Maemoisa_(Sinalepa)_vallavalitsus, lk 25
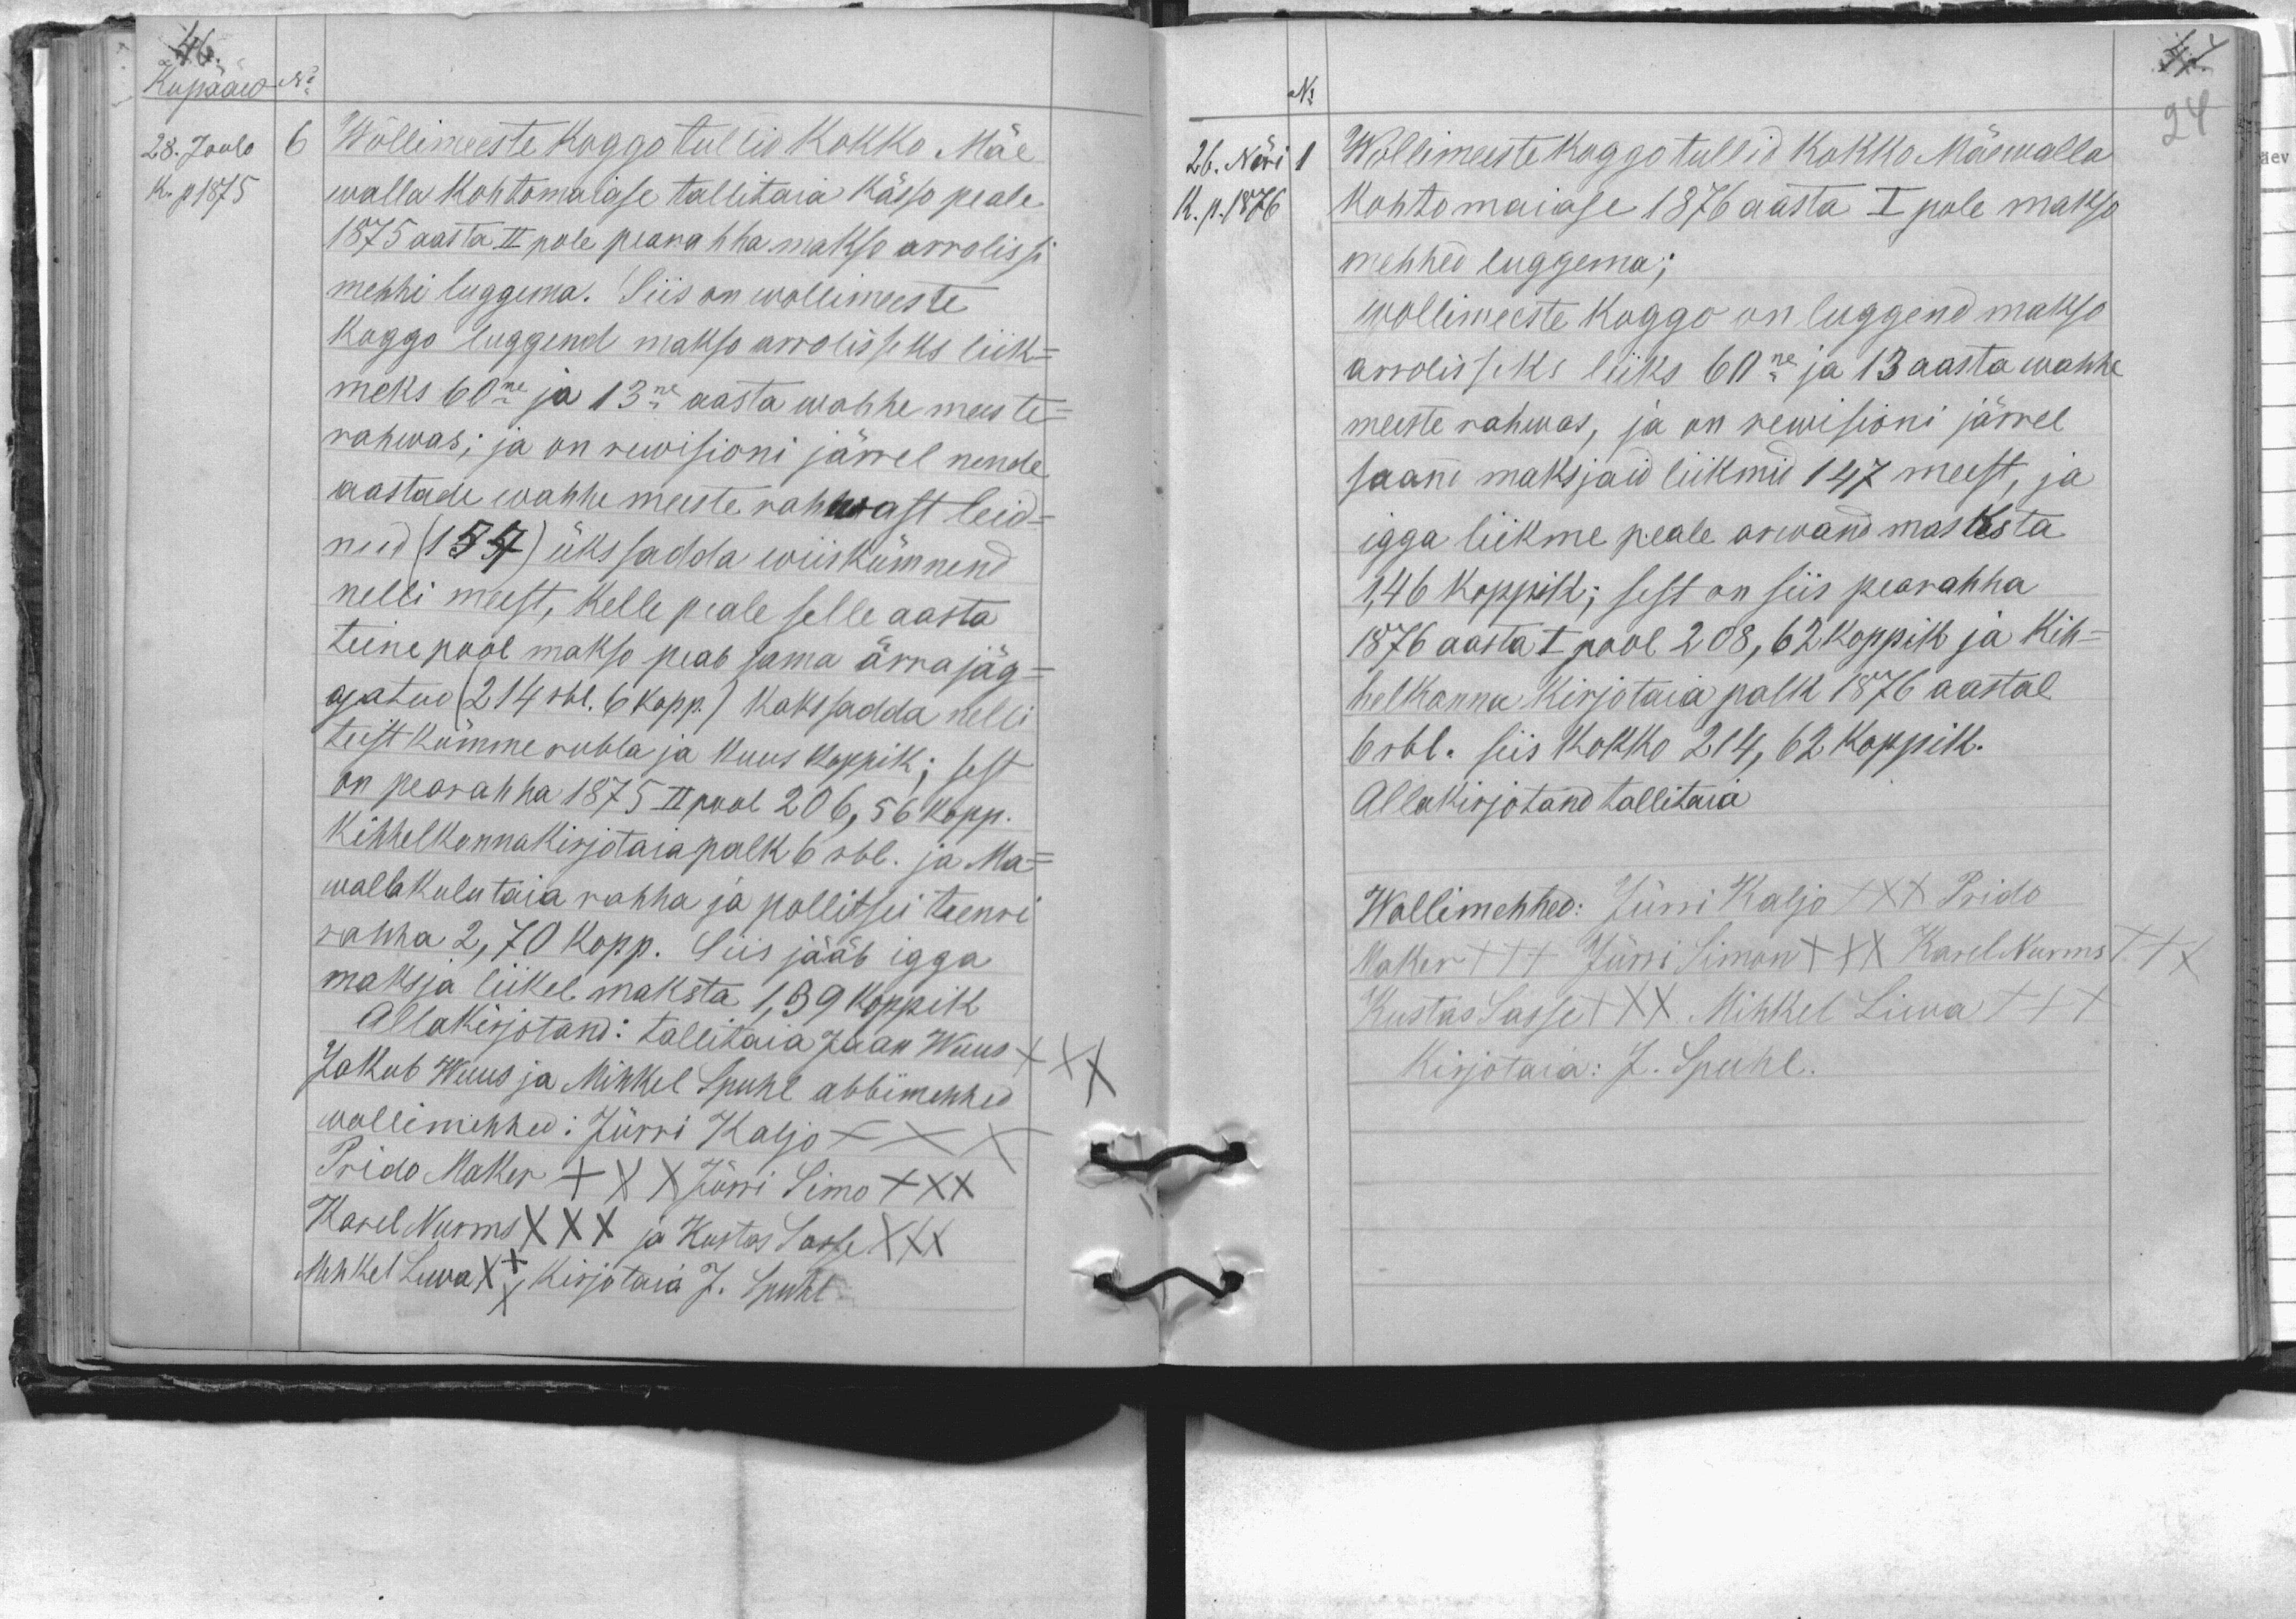
Kupääw No
28. Joulo
Wõllimeeste koggo tullid kokko Mäe
K. p 1875
walla kohtomaiase tallitaia kässo peale
1875 aasta II pole pearahha makso arrolissi
mehhi luggema. Siis on wollimeeste
koggo luggend makso arrolisseks liik-
meks 60ne ja 13ne aasta wahhe meeste-
rahwas; ja on rewisioni järrel nende
aastade wahhe meeste rahwast leid-
nud (157) üks sadda wiiskümnend
nelli meest, kelle peale selle aasta
teine pool makso peab sama ärra jäg-
gatud (214 rbl. 6 kopp.) kaks sadda nelli
teist kümme rubla ja kuus koppik; sest
on pearahha 1875 II pool 206, 56 kopp.
Kihhelkonnakirjotaja palk 6 rbl. ja Ma-
walla kulutaia rahha ja pollitsei teenri
rahha 2,70 kopp. Siis jääb igga
maksja liikel maksta 1,39 koppik
Allakirjotand: tallitaja Jaan Wuus
Jakub Wuus ja Mihkel Spuhl abbimehhed
wollimehhed: Jürri Kaljo
Prido Maker XXX Jürri Simo XXX
Karel Nurms XXX ja Kustas Sasse XXX
Mihkel Liwa XXX, kirjotaja J. Spuhl

No
26. Näri 1
Wollimeeste koggo tullid kokko Mäewalla
K. p. 1876
kohtomaiase 1876 aasta I pole makso
mehhed luggema;
wollimeeste koggo on luggend makso
arroliseks liiks 60ne ja 13 aasta wahhe
meeste rahwas, ja on rewisioni järrel
saand maksjaid liikmid 147 meest, ja
igga liikme peale arwand masksta
1,46 koppik; sest on siis pearahha
1876 aastat I pool 208, 62 koppik ja kih-
helkonna kirjotaja palk 1876 aastal
6 rbl. siis kokko 214, 62 koppik.
Allakirjotand tallitaia
Wollimehhed: Jürri Kaljo XXX Prido
Maker +++ Jüri Simon XXX Karel Nurms XXX
Kustas Sasse XXX Mihkel Liwa +++
Kirjotaia: J. Spuhl.